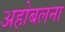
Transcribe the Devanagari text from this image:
अहोबलना